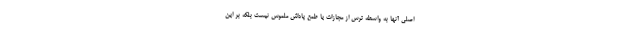
اصلی آنها به واسطه ترس از مجازات یا طمع پاداش ملموس نیست بلکه بر این